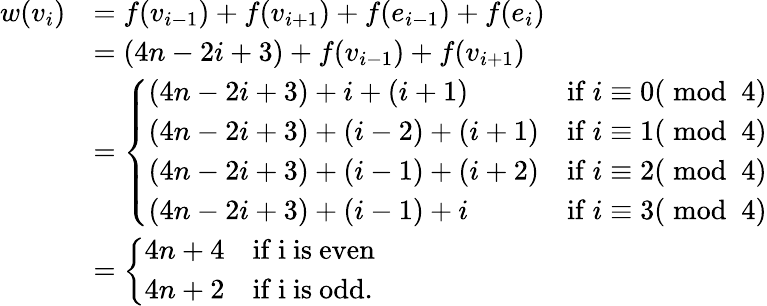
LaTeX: \begin{array}{rl}{w(v_{i})}&{=f(v_{i-1})+f(v_{i+1})+f(e_{i-1})+f(e_{i})}\\ &{=(4n-2i+3)+f(v_{i-1})+f(v_{i+1})}\\ &{=\left\{ \begin{array}{ll}{(4n-2i+3)+i+(i+1)}&{\mathrm{if~}i\equiv 0(\bmod~4)}\\ {(4n-2i+3)+(i-2)+(i+1)}&{\mathrm{if~}i\equiv 1(\bmod~4)}\\ {(4n-2i+3)+(i-1)+(i+2)}&{\mathrm{if~}i\equiv 2(\bmod~4)}\\ {(4n-2i+3)+(i-1)+i}&{\mathrm{if~}i\equiv 3(\bmod~4)}\end{array}\right.}\\ &{=\left\{ \begin{array}{ll}{4n+4}&{\mathrm{if~i~is~even}}\\ {4n+2}&{\mathrm{if~i~is~odd}.}\end{array}\right.}\end{array}